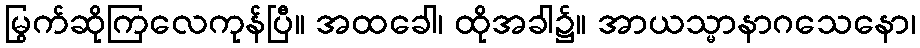
မြွက်ဆိုကြလေကုန်ပြီ။ အထခေါ၊ ထိုအခါ၌။ အာယသ္မာနာဂသေနော၊